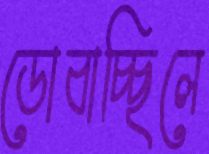
ডোবাচ্ছিলে